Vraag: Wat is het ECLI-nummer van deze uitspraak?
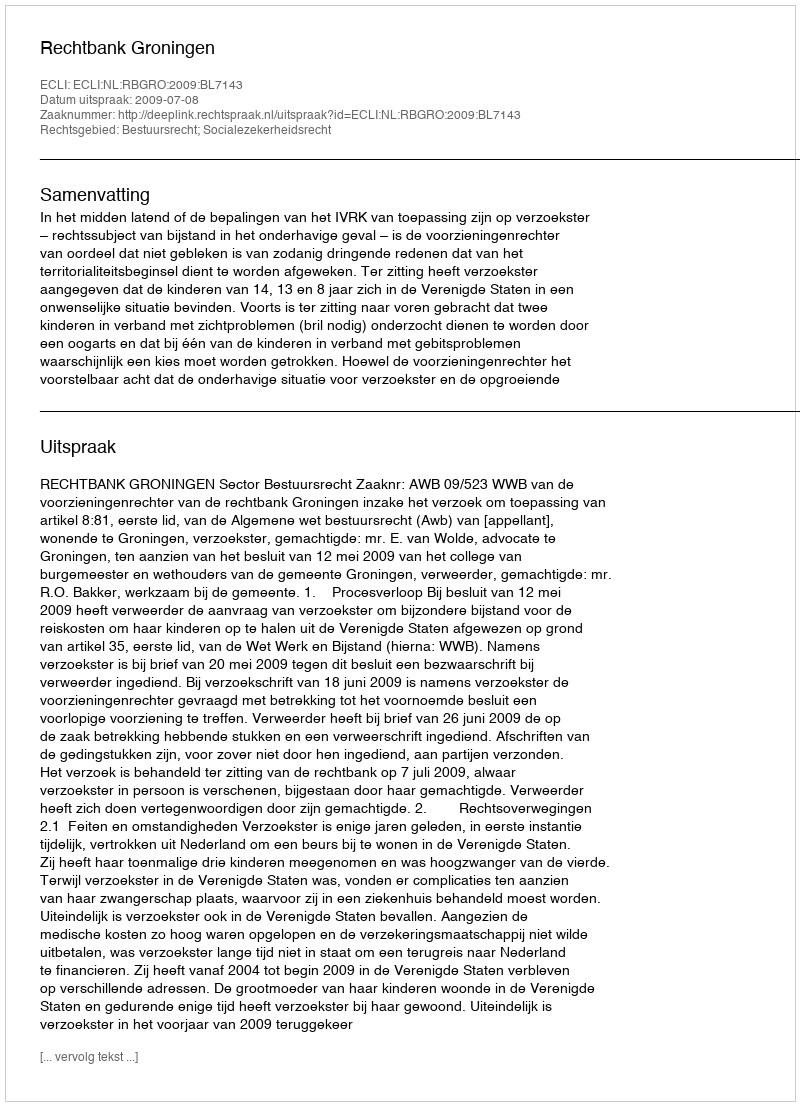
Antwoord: ECLI:NL:RBGRO:2009:BL7143